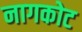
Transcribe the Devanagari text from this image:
नागकोट